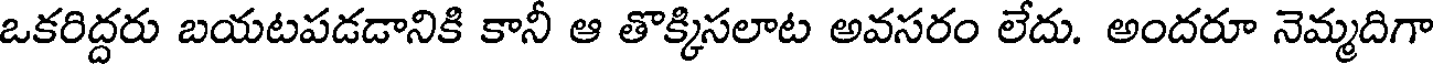
ఒకరిద్దరు బయటపడడానికి కానీ ఆ తొక్కిసలాట అవసరం లేదు. అందరూ నెమ్మదిగా